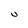
Character: U